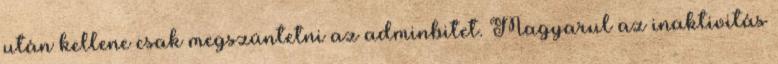
után kellene csak megszüntetni az adminbitet. Magyarul az inaktivitás